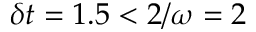
\delta t = 1 . 5 < 2 / \omega = 2